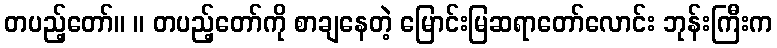
တပည့်တော်။ ။ တပည့်တော်ကို စာချနေတဲ့ မြောင်းမြဆရာတော်လောင်း ဘုန်းကြီးက